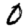
Digit: 0